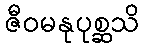
ဇီဝမနုပုစ္ဆသိ